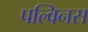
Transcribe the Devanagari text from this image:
पल्विनस